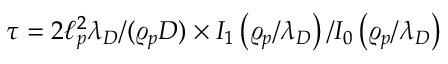
\tau = 2 \ell _ { p } ^ { 2 } \lambda _ { D } / ( \varrho _ { p } D ) \times I _ { 1 } \left( \varrho _ { p } / \lambda _ { D } \right) / I _ { 0 } \left( \varrho _ { p } / \lambda _ { D } \right)